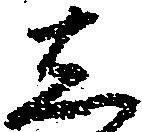
し